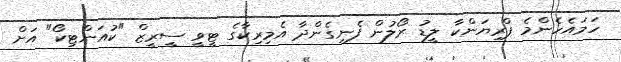
ހަމައެހެންމެ ޕްރިޔަންކާ ލީޑު ރޯލުން ފެނިގެންދާ އެމިރިކާގެ ޓީވީ ސީރީޒް "ކުއަންޓިކޯ" އަށް